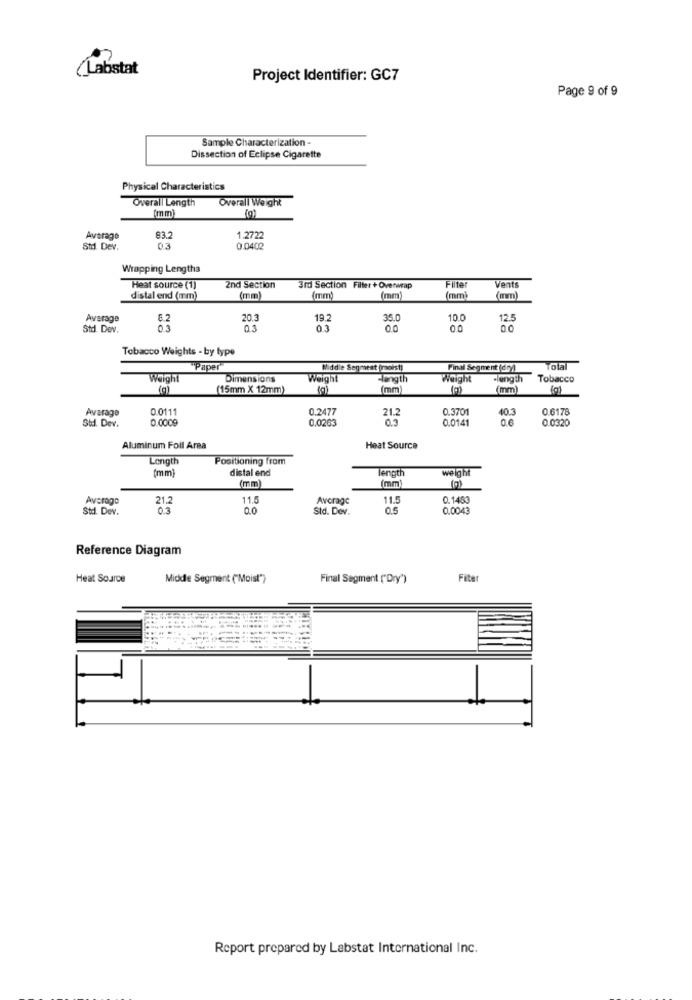
(Labstat
Project Identifier: GC7
Page 9 of 9
Sample Characterization -
Dissection of Eclipse Cigarette
Physical Characteristics
Overall Length
Overall Weight
(mm)
(g)
Average
83.2
1.2722
Std. Dev.
03
0.0402
Wrapping Lengtha
Heat source (1)
2nd Section
3rd Section Filter + Overwrap
Filte
Vent
distal end (mm)
(mm)
(mm)
(mm)
(mm]
(mm)
Average
8.2
20.3
19.2
35.0
10.0
12.5
Std. Dev.
0.3
03
0.0
0.0
Tobacco Weights - by type
"Paper"
Middle Segment (moist)
Final Segment (dry)
Total
Weight
Dimensions
Weight
-length
-length Tobacco
(g)
(15mm X 12mm)
(mm)
(mm)
Avarage
0.0111
0.2477
21.2
0.3701
40.3
0.6178
Std. Dev.
0.0009
0.0263
0.3
0.0141
06
0.0320
Aluminum Foil Area
Heat Source
Length
Positioning from
[mm]
distal end
length
weight
(mm)
(mm
Average
21.2
11.5
Average
11.5
0.1453
Std. Dev.
03
0.0
Std. Dev.
0.5
0.0043
Reference Diagram
Heat Source
Middle Segment ("Moist")
Final Segment ("Dry")
Filter
1
Report prepared by Labstat International Inc.